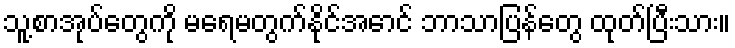
သူ့စာအုပ်တွေကို မရေမတွက်နိုင်အောင် ဘာသာပြန်တွေ ထုတ်ပြီးသား။